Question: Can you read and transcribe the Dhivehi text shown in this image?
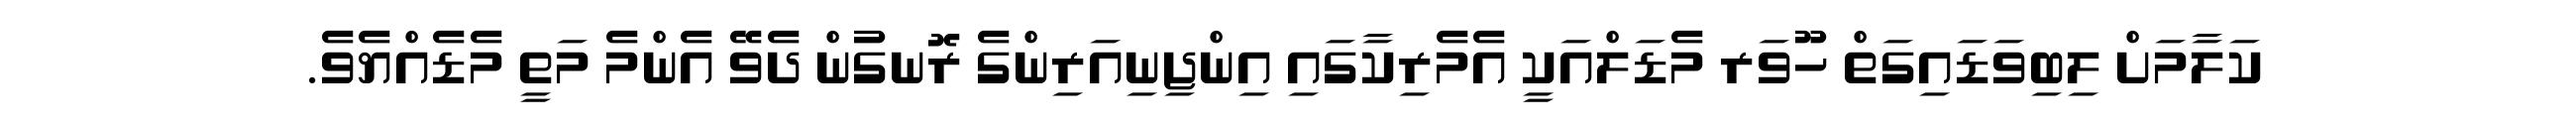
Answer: ކަލާމަށް ލިބިވަޑައިގަތް ހޫވަރ މެޑަލްއަކީ އެމެރިކާގައި އިންޖިނިއަރިންގެ ރޮނގުން ދެވޭ އެންމެ މަތީ މެޑެއްޔެވެ.